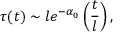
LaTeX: \tau ( t ) \sim l e ^ { - \alpha _ { 0 } } \left( \frac { t } { l } \right) ,